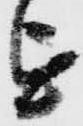
を